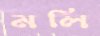
মলি